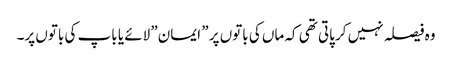
وہ فیصلہ نہیں کر پاتی تھی کہ ماں کی باتوں پر ” ایمان” لائے یا باپ کی باتوں پر۔